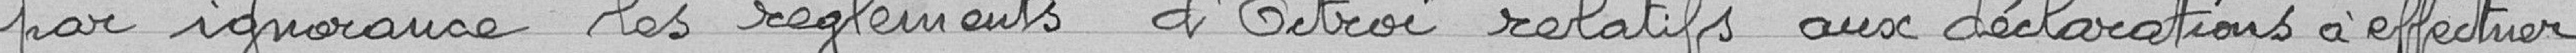
par ignorance les règlements d'Octroi relatifs aux déclarations à effectuer